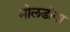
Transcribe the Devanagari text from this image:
मोलडोवा